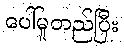
ပေါ်မူတည်ပြီး